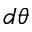
d \theta